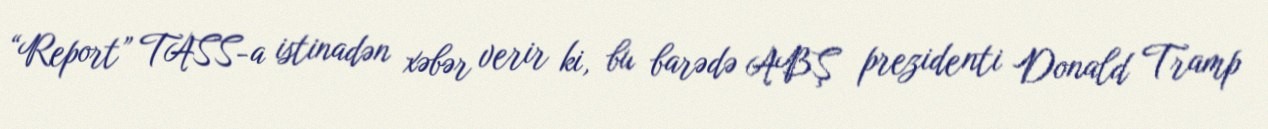
“Report” TASS-a istinadən xəbər verir ki, bu barədə ABŞ prezidenti Donald Tramp